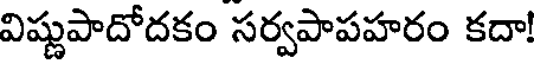
విష్ణుపాదోదకం సర్వపాపహరం కదా!